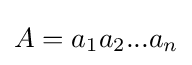
A=a_{1}a_{2}...a_{n}